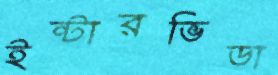
ইন্টারভিডা